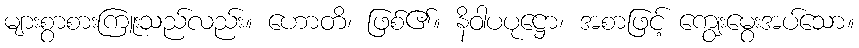
များစွာစားကြူးသည်လည်း။ ဟောတိ၊ ဖြစ်၏။ နိဝါပပုဋ္ဌော၊ အစာဖြင့် ကျွေးမွေးအပ်သော။